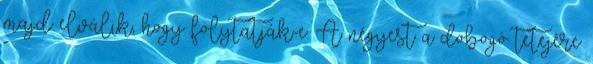
majd elválik, hogy folytatják-e. A négyest a dobogó tetejére